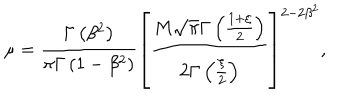
\mu = \frac { \Gamma \left( \beta ^ { 2 } \right) } { \pi \Gamma \left( 1 - \beta ^ { 2 } \right) } \left[ \frac { M \sqrt { \pi } \Gamma \left( \frac { 1 + \xi } { 2 } \right) } { 2 \Gamma \left( \frac { \xi } { 2 } \right) } \right] ^ { 2 - 2 \beta ^ { 2 } } ,